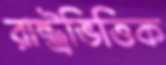
রাষ্ট্রভিত্তিক